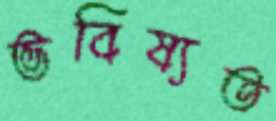
ভবিষ্যত